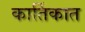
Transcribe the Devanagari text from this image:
कार्तिकात